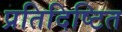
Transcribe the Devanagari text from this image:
प्रतिदिष्टित